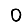
Digit: 0